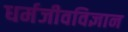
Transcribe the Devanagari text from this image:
धर्मजीवविज्ञान